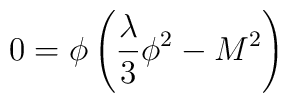
0= \phi \left ( {\lambda \over 3} \phi^2  -  M^2\right )